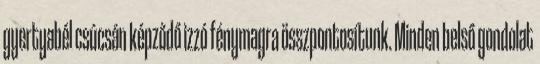
gyertyabél csúcsán képződő izzó fénymagra összpontosítunk. Minden belső gondolat